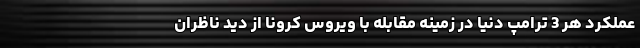
عملکرد هر 3 ترامپ دنیا در زمینه مقابله با ویروس کرونا از دید ناظران